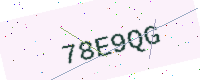
Text: 78E9QG